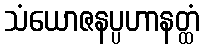
သံယောဇနပ္ပဟာနတ္ထံ